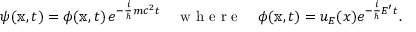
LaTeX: \psi ( \mathbb { x } , t ) = \phi ( \mathbb { x } , t ) \, e ^ { - { \frac { i } { \hbar } } m c ^ { 2 } t } \quad { \textrm { w h e r e } } \quad \phi ( \mathbb { x } , t ) = u _ { E } ( x ) e ^ { - { \frac { i } { \hbar } } E ^ { \prime } t } .